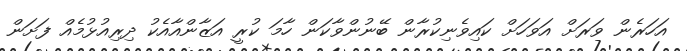
އަހަރެން ވަރަށް އަވަހަށް ކައިވެނިކުރާން ބޭނުންވާކަން ހާމަ ކުރީ އަޒާންއާއެކު ދިރިއުޅުމެއް ފަށަން